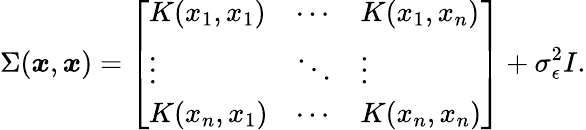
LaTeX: \Sigma(\boldsymbol{x},\boldsymbol{x})=\left[\begin{array}{lll}{K(x_{1},x_{1})}&{\cdots}&{K(x_{1},x_{n})}\\ {\vdots}&{\ddots}&{\vdots}\\ {K(x_{n},x_{1})}&{\cdots}&{K(x_{n},x_{n})}\end{array}\right]+\sigma_{\epsilon}^{2}I.